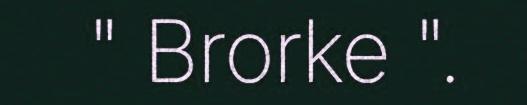
" Brorke ".